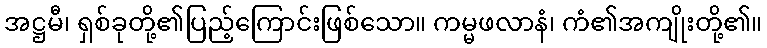
အဋ္ဌမီ၊ ရှစ်ခုတို့၏ပြည့်ကြောင်းဖြစ်သော။ ကမ္မဖလာနံ၊ ကံ၏အကျိုးတို့၏။